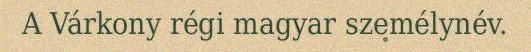
A Várkony régi magyar személynév.